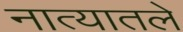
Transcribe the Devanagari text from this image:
नात्यातले